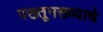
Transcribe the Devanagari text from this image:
पख्तूनख्व्याचे